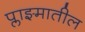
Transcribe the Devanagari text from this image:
प्लाझ्मातील